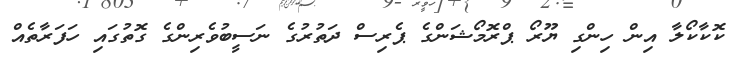
ކޮކާކޯލާ އިން ހިންގި ޔޫރޯ ޕްރޮމޯޝަންގެ ޕެރިސް ދަތުރުގެ ނަސީބުވެރިންގެ ގޮތުގައި ހަފަރާތެއް